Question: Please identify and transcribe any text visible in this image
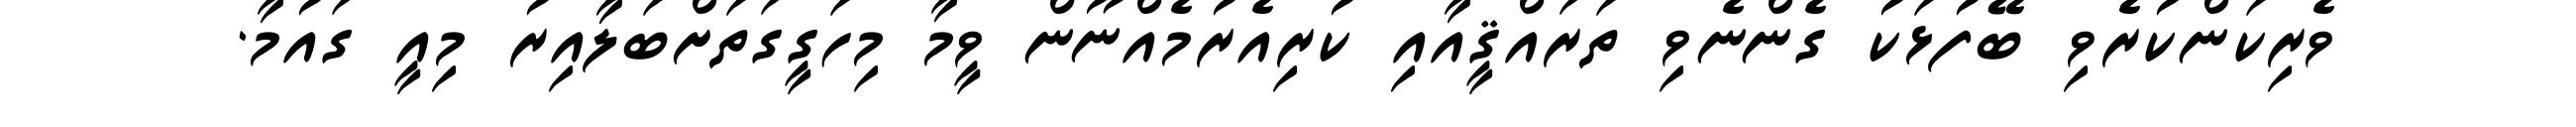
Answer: ވެރިކަންކުރެވި ބޭފުޅަކު ގެންނެވި ތަރައްޤީއާއި ކުރިއެރުމެއްނޫން ވީމާ މިހަގީގަތަށްބަލާއިރު މިއީ ގައުމާ.